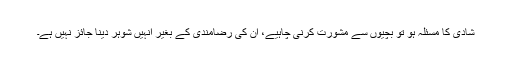
شادی کا مسئلہ ہو تو بچیوں سے مشورت کرنی چاہیے، ان کی رضامندی کے بغیر انہیں شوہر دینا جائز نہیں ہے۔